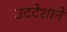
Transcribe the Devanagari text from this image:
उददेशाने